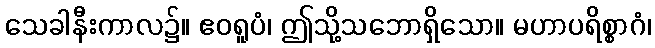
သေခါနီးကာလ၌။ ဧဝရူပံ၊ ဤသို့သဘောရှိသော။ မဟာပရိစ္စာဂံ၊